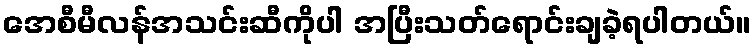
အေစီမီလန်အသင်းဆီကိုပါ အပြီးသတ်ရောင်းချခဲ့ရပါတယ်။